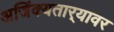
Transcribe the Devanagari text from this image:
अजिंक्यतार्‍यावर